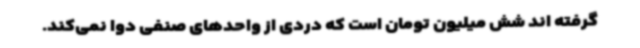
گرفته اند شش میلیون تومان است که دردی از واحدهای صنفی دوا نمی‌کند.